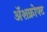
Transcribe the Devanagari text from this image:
ॲशक्रोफ्ट